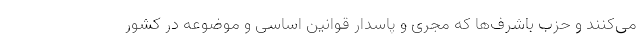
می‌کنند و حزب باشرف‌ها که مجری و پاسدار قوانین اساسی و موضوعه در کشور